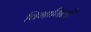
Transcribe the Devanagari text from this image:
विभागिली